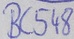
Text: BC548